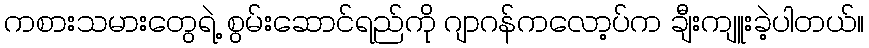
ကစားသမားတွေရဲ့ စွမ်းဆောင်ရည်ကို ဂျာဂန်ကလော့ပ်က ချီးကျူးခဲ့ပါတယ်။